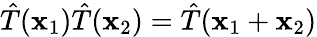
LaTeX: {\hat{T}}(\mathbf{x}_{1}){\hat{T}}(\mathbf{x}_{2})={\hat{T}}(\mathbf{x}_{1}+\mathbf{x}_{2})